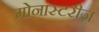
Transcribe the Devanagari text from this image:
मोनास्टरीज़